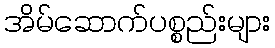
အိမ်ဆောက်ပစ္စည်းများ